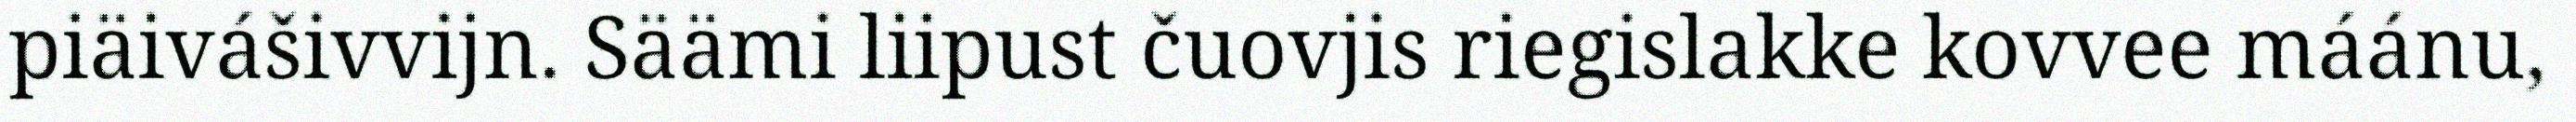
piäivášivvijn. Säämi liipust čuovjis riegislakke kovvee máánu,